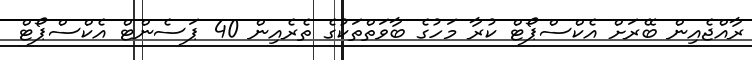
ރާއްޖެއިން ބޭރަށް އެކްސްޕޯޓް ކުރާ މަހުގެ ބާވަތްތަކުގެ ތެރެއިން 40 ޕަސެންޓް އެކްސްޕޯޓް